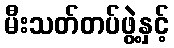
မီးသတ်တပ်ဖွဲ့နှင့်